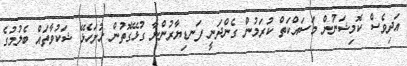
އަދިވެސް ކޮމިޝަނުން މަސައްކަތް ކުރަމުން ގެންދަނީ ފަނޑިޔާރުންނާ ގުޅޭގޮތުން ހުށަހެޅޭ ޝަކުވާތައް ބެލުމުގެ